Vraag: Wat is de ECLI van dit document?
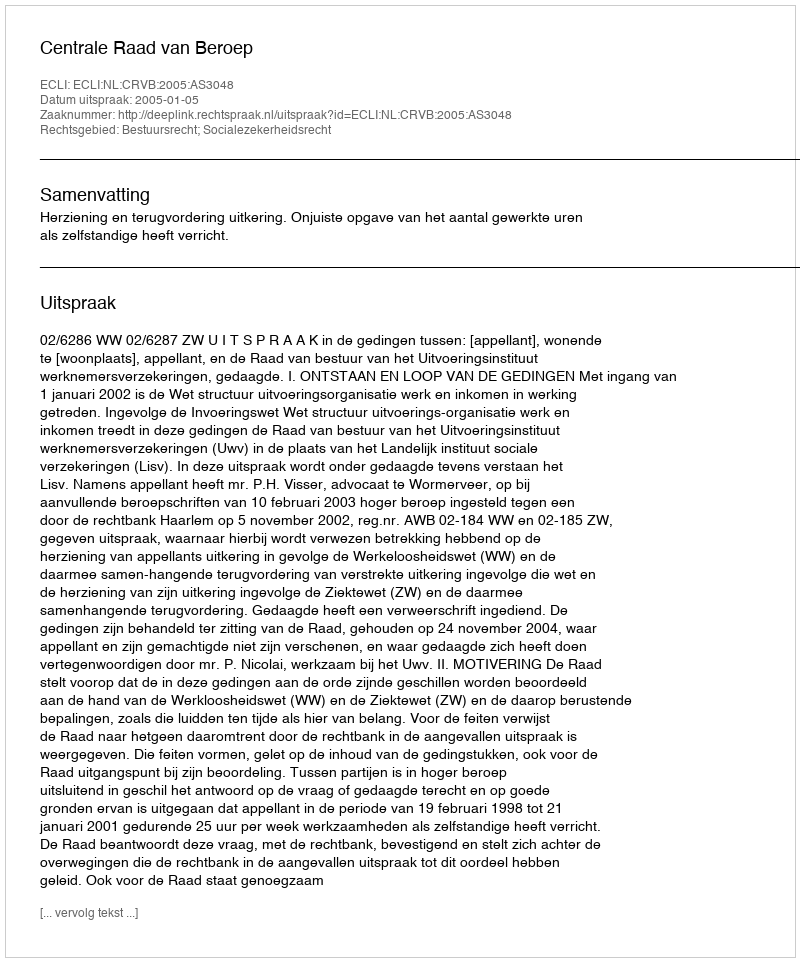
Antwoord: ECLI:NL:CRVB:2005:AS3048